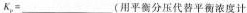
$$K _ { p } =$$___(用平衡分压代替平衡浓度计